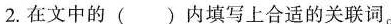
2.在文中的( )内填写上合适的关联词。